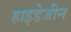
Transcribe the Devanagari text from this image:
हाइडेजीन